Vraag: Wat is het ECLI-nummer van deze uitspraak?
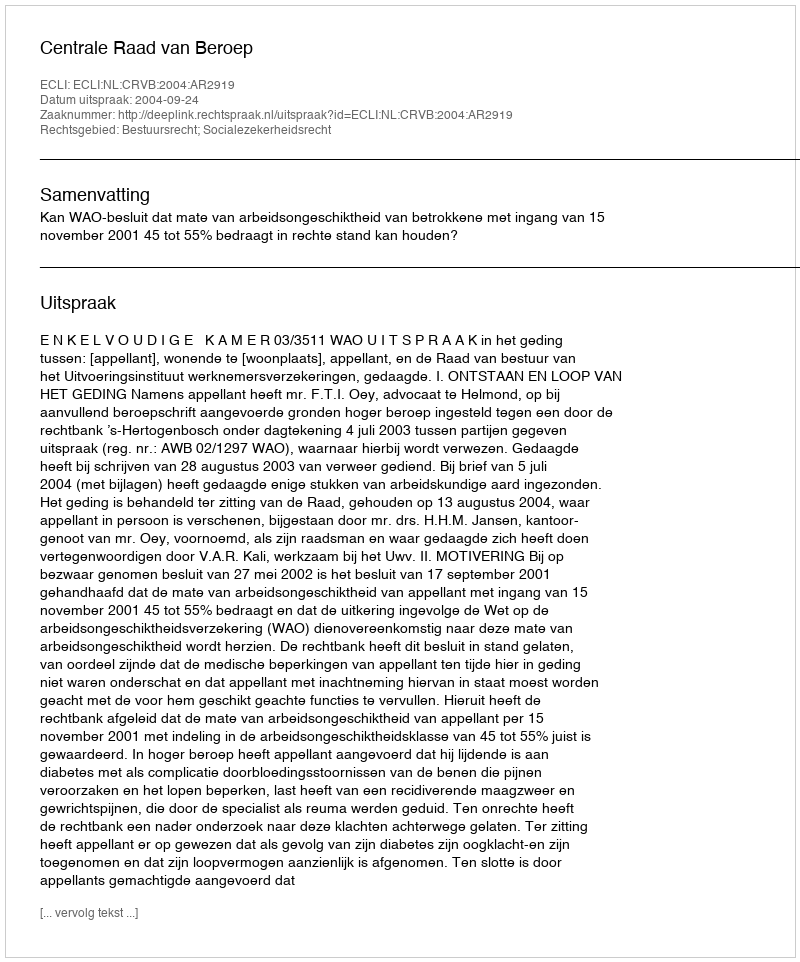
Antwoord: ECLI:NL:CRVB:2004:AR2919